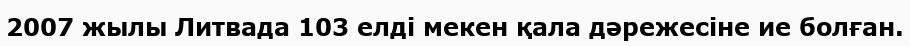
2007 жылы Литвада 103 елді мекен қала дәрежесіне ие болған.